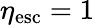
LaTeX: \eta_{\textup{esc}}=1